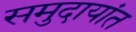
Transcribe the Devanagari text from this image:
समुदायांत